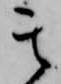
其